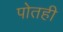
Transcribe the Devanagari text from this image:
पोतही